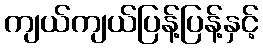
ကျယ်ကျယ်ပြန့်ပြန့်နှင့်